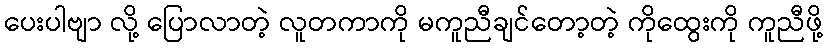
ပေးပါဗျာ လို့ ပြောလာတဲ့ လူတကာကို မကူညီချင်တော့တဲ့ ကိုထွေးကို ကူညီဖို့